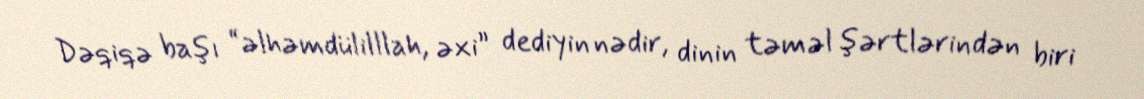
Dəqiqə başı “əlhəmdülilllah, əxi” dediyin nədir, dinin təməl şərtlərindən biri